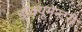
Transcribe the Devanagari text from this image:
डॉक्यूमेन्टरी